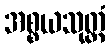
အစ္စယသုတ္တံ